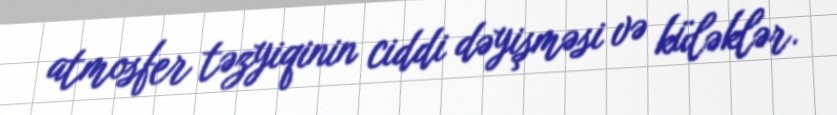
atmosfer təzyiqinin ciddi dəyişməsi və küləklər.